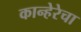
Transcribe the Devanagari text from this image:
कान्हेरेचा